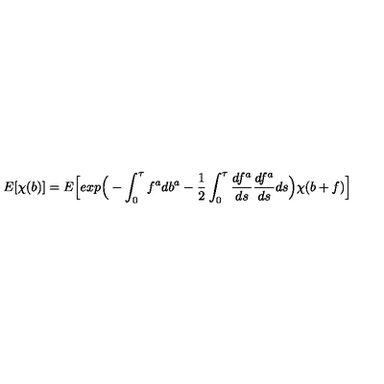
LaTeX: E [ \chi ( b ) ] = E \Big [ e x p \Big ( - \int _ { 0 } ^ { \tau } f ^ { a } d b ^ { a } - \frac { 1 } { 2 } \int _ { 0 } ^ { \tau } \frac { d f ^ { a } } { d s } \frac { d f ^ { a } } { d s } d s \Big ) \chi ( b + f ) \Big ]